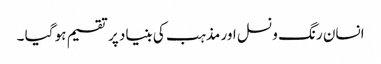
انسان رنگ و نسل اور مذہب کی بنیاد پر تقسیم ہو گیا ۔